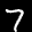
Label: 7